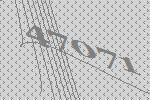
47071